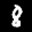
Label: 8